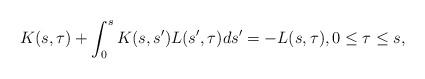
LaTeX: \begin{align*}K(s, \tau) + \int_0^sK(s,s')L(s', \tau)ds' = -L(s, \tau), 0 \leq \tau \leq s,\end{align*}